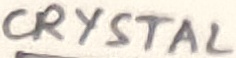
Text: CRYSTAL